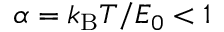
\alpha = k _ { \mathrm { B } } T / E _ { 0 } < 1